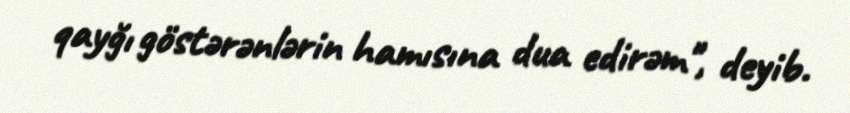
qayğı göstərənlərin hamısına dua edirəm", deyib.